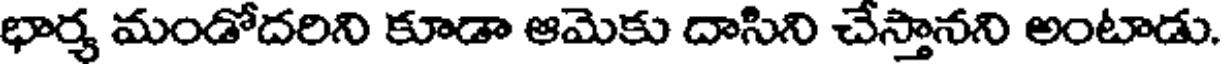
భార్య మండోదరిని కూడా ఆమెకు దాసిని చేస్తానని అంటాడు.